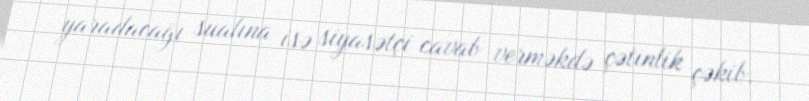
yaradacağı sualına isə siyasətçi cavab verməkdə çətinlik çəkib.